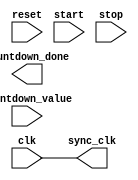
module countdown_timer (
    input wire clk,
    input wire reset,
    input wire start,
    input wire stop,
    input wire [7:0] countdown_value,
    output wire countdown_done,
    output wire sync_clk
);

reg [7:0] counter;
reg [7:0] compare_value;
reg enable;
reg done;

always @(posedge clk or posedge reset) begin
    if (reset) begin
        counter <= 8'b0;
        enable <= 1'b0;
        done <= 1'b0;
    end else begin
        if (start && !stop) begin
            enable <= 1'b1;
        end else if (stop) begin
            enable <= 1'b0;
        end
        
        if (enable) begin
            counter <= counter + 1;
        end
        
        if (counter == countdown_value) begin
            done <= 1'b1;
        end else begin
            done <= 1'b0;
        end
    end
end

assign sync_clk = clk;

endmodule